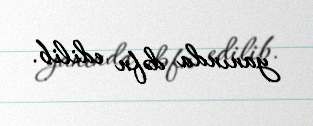
yanında dəfn edilib.